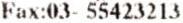
FAX:03- 55423213